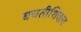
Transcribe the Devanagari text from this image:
बचतीशिवाय